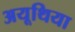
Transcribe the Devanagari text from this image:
अयूथिया